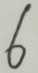
6